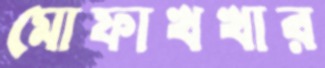
মোফাখখার